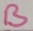
Text: B